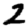
Digit: 2